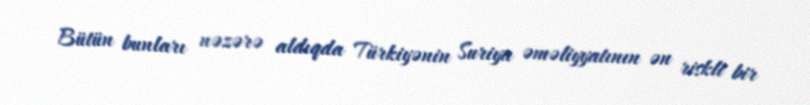
Bütün bunları nəzərə aldıqda Türkiyənin Suriya əməliyyatının ən riskli bir